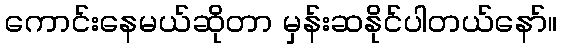
ကောင်းနေမယ်ဆိုတာ မှန်းဆနိုင်ပါတယ်နော်။